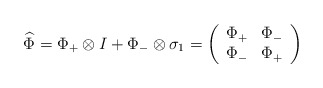
\begin{align*}\widehat{\Phi}=\Phi_+\otimes I+\Phi_-\otimes\sigma_1=\left(\begin{array}{cc}\Phi_+ & \Phi_- \\\Phi_- & \Phi_+\end{array}\right) \end{align*}